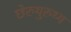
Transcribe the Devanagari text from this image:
छेरुथुरुथ्य